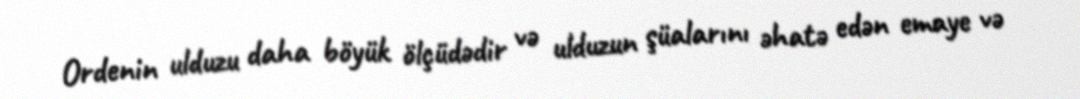
Ordenin ulduzu daha böyük ölçüdədir və ulduzun şüalarını əhatə edən emaye və